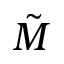
\tilde { M }